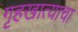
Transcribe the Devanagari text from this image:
गृहखात्याचा